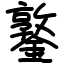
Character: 鐜